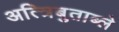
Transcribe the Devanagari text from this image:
अत्त्रिबुताब्ले